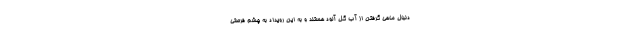
دنبال ماهی گرفتن از آب گل آلود هستند و به این رویداد به چشم فرصتی